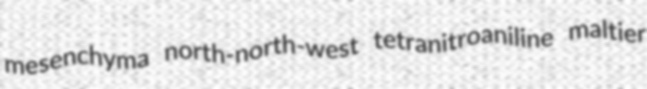
mesenchyma north-north-west tetranitroaniline maltier